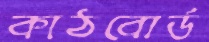
কাঠবোর্ড